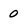
Character: 0